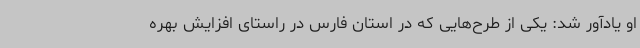
او یادآور شد: یکی از طرح‌هایی که در استان فارس در راستای افزایش بهره